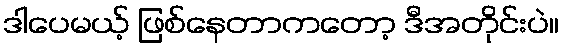
ဒါပေမယ့် ဖြစ်နေတာကတော့ ဒီအတိုင်းပဲ။